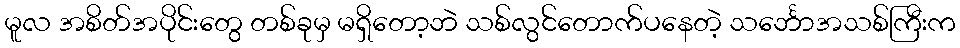
မူလ အစိတ်အပိုင်းတွေ တစ်ခုမှ မရှိတော့ဘဲ သစ်လွင်တောက်ပနေတဲ့ သင်္ဘောအသစ်ကြီးက